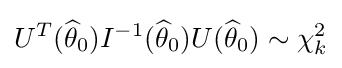
U^{T}({\widehat {\theta }}_{0})I^{-1}({\widehat {\theta }}_{0})U({\widehat {\theta }}_{0})\sim \chi _{k}^{2}